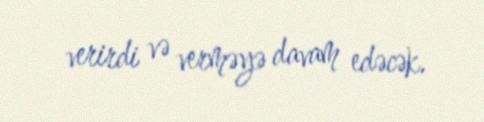
verirdi və verməyə davam edəcək.